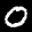
Label: 0